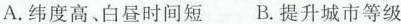
A.纬度高、白昼时间短 B.提升城市等级